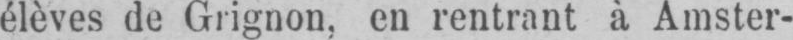
élèves de Grignon, en rentrant à Amster-